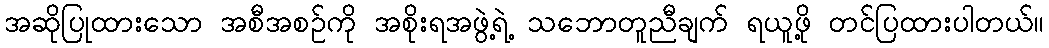
အဆိုပြုထားသော အစီအစဉ်ကို အစိုးရအဖွဲ့ရဲ့ သဘောတူညီချက် ရယူဖို့ တင်ပြထားပါတယ်။